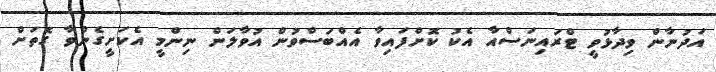
އަދުނާން ވިދާޅުވީ ޓްރައިނަސްއާ އެކު ކޮށްފައިވާ އެއްބަސްވުން އުވާލަން ނިންމީ އެކަށީގެންވާ ގޮތަށް